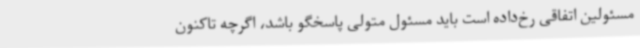
مسئولین اتفاقی رخ‌داده است باید مسئول متولی پاسخگو باشد، اگرچه تاکنون